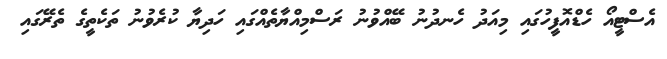
އެސްޓީއޯ ހެޑްއޮފީހުގައި މިއަދު ހެނދުނު ބޭއްވުނު ރަސްމިއްޔާތެއްގައި ހަދިޔާ ކުރެވުނު ތަކެތީގެ ތެރޭގައި